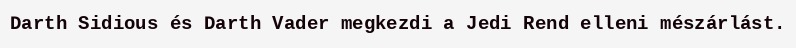
Darth Sidious és Darth Vader megkezdi a Jedi Rend elleni mészárlást.